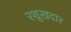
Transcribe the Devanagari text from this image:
रशुखदार